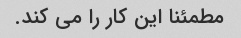
مطمئنا این کار را می کند.